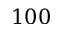
1 0 0